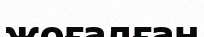
жоғалған